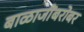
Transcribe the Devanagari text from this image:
बाळाजींबरोबर